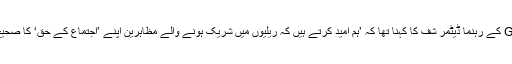
پولیس کی تنظیم GdP کے رہنما ڈیٹمر شِف کا کہنا تھا کہ ’ہم امید کرتے ہیں کہ ریلیوں میں شریک ہونے والے مظاہرین اپنے ’اجتماع کے حق‘ کا صحیح استعمال کریں گے۔